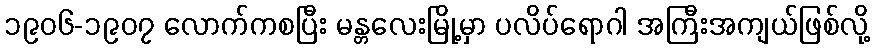
၁၉၀၆-၁၉၀၇ လောက်ကစပြီး မန္တလေးမြို့မှာ ပလိပ်ရောဂါ အကြီးအကျယ်ဖြစ်လို့